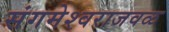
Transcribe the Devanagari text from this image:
संगमेश्वराजवळ